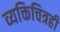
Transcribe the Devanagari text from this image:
व्यक्तिचित्रही